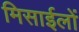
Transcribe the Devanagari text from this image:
मिसाईलों